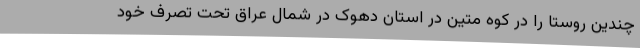
چندین روستا را در کوه متین در استان دهوک در شمال عراق تحت تصرف خود